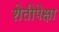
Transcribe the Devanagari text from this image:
शेतीपेक्षा